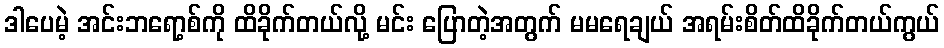
ဒါပေမဲ့ အင်းဘရော့စ်ကို ထိခိုက်တယ်လို့ မင်း ပြောတဲ့အတွက် မမရေချယ် အရမ်းစိတ်ထိခိုက်တယ်ကွယ်